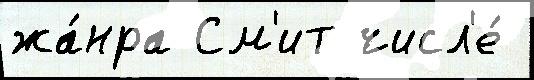
жа́нра См'ит числ'е́